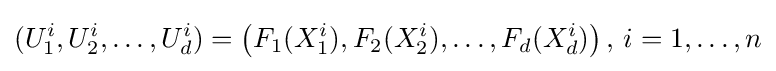
(U_{1}^{i},U_{2}^{i},\dots ,U_{d}^{i})=\left(F_{1}(X_{1}^{i}),F_{2}(X_{2}^{i}),\dots ,F_{d}(X_{d}^{i})\right),\,i=1,\dots ,n